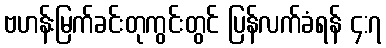
ဗဟန်းမြက်ခင်းတုကွင်းတွင် ပြန်လက်ခံရန် ၄:၇